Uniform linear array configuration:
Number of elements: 24
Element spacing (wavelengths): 0.5
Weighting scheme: exponential
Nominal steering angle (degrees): -60
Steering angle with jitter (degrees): -58.433
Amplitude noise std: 0.05
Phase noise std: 0.05

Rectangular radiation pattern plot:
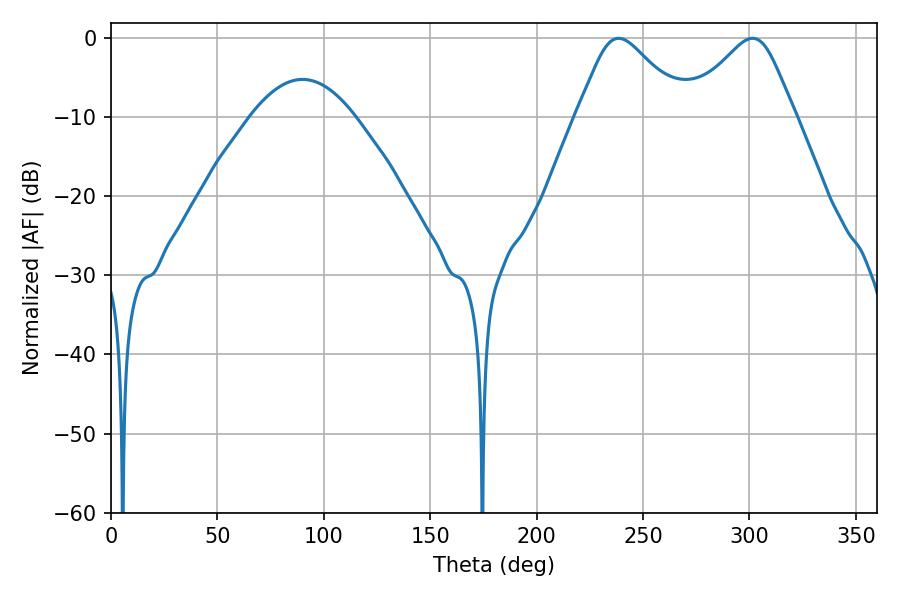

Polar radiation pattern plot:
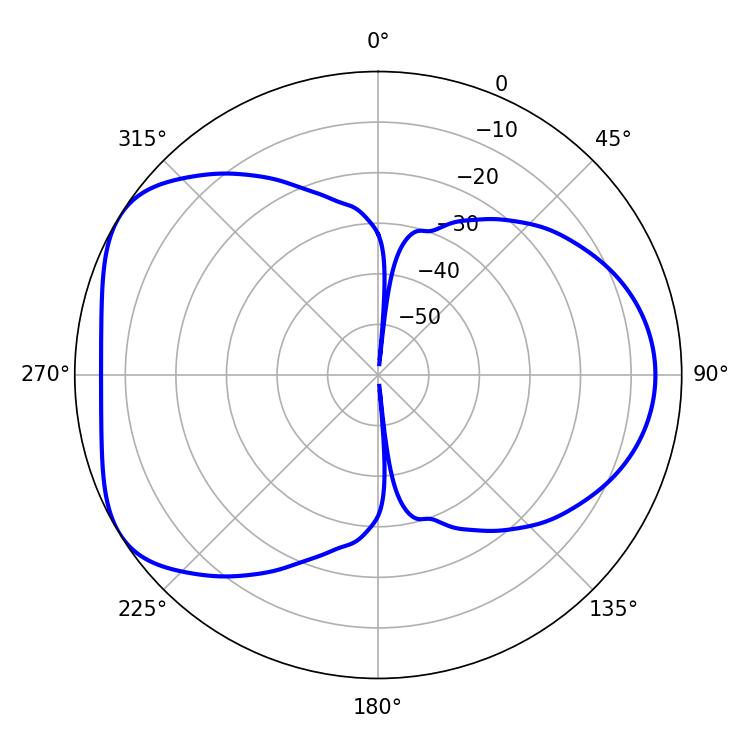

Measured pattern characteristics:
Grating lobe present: FALSE
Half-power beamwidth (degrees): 24.84
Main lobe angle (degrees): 238.5